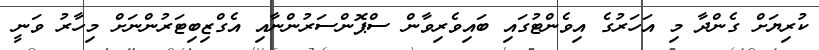
ކުރިޔަށް ގެންދާ މި އަހަރުގެ އިވެންޓުގައި ބައިވެރިވާން ސްޕޮންސަރުންނާއި އެގްޒިބިޓަރުންނަށް މިހާރު ވަނީ